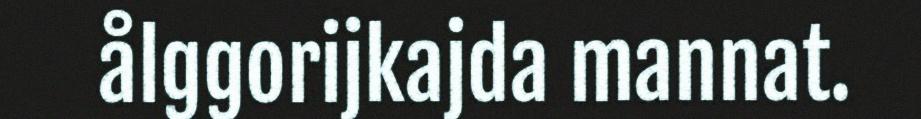
ålggorijkajda mannat.